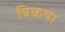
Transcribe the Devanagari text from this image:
त्रिकया